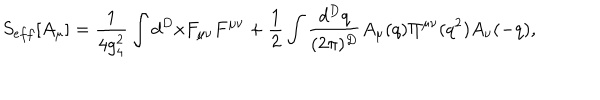
LaTeX: S _ { e f f } [ A _ { \mu } ] = { \frac { 1 } { 4 g _ { 4 } ^ { 2 } } } \int d ^ { D } x F _ { \mu \nu } F ^ { \mu \nu } + { \frac { 1 } { 2 } } \int { \frac { d ^ { D } q } { ( 2 \pi ) ^ { D } } } A _ { \mu } ( q ) \Pi ^ { \mu \nu } ( q ^ { 2 } ) A _ { \nu } ( - q ) ,